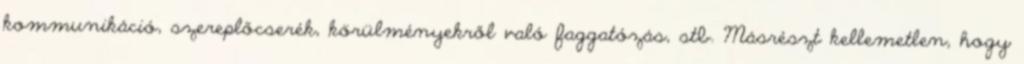
kommunikáció, szereplőcserék, körülményekről való faggatózás, stb. Másrészt kellemetlen, hogy